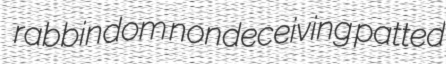
rabbindom nondeceiving patted